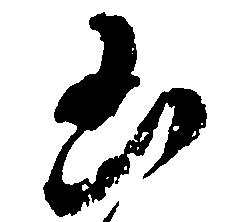
凶